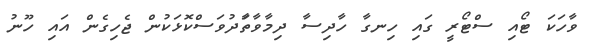
ވާހަކަ ޓޯއި ސްޓޯރީ ގައި ހިނގާ ހާދިސާ ދިމާވާތަާދުވަސްކޮޅަކުން ޖެހިގެން އައި ހޫނު